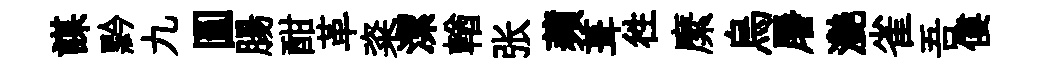
謀黔九圓腸酣革粢潔輶张蘋葺徃縻烏屠灧雀吾僂